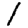
Digit: 1